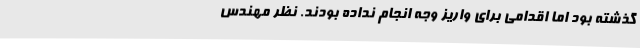
گذشته بود اما اقدامی برای واریز وجه انجام نداده بودند. نظر مهندس